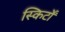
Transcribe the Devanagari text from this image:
स्किर्टों